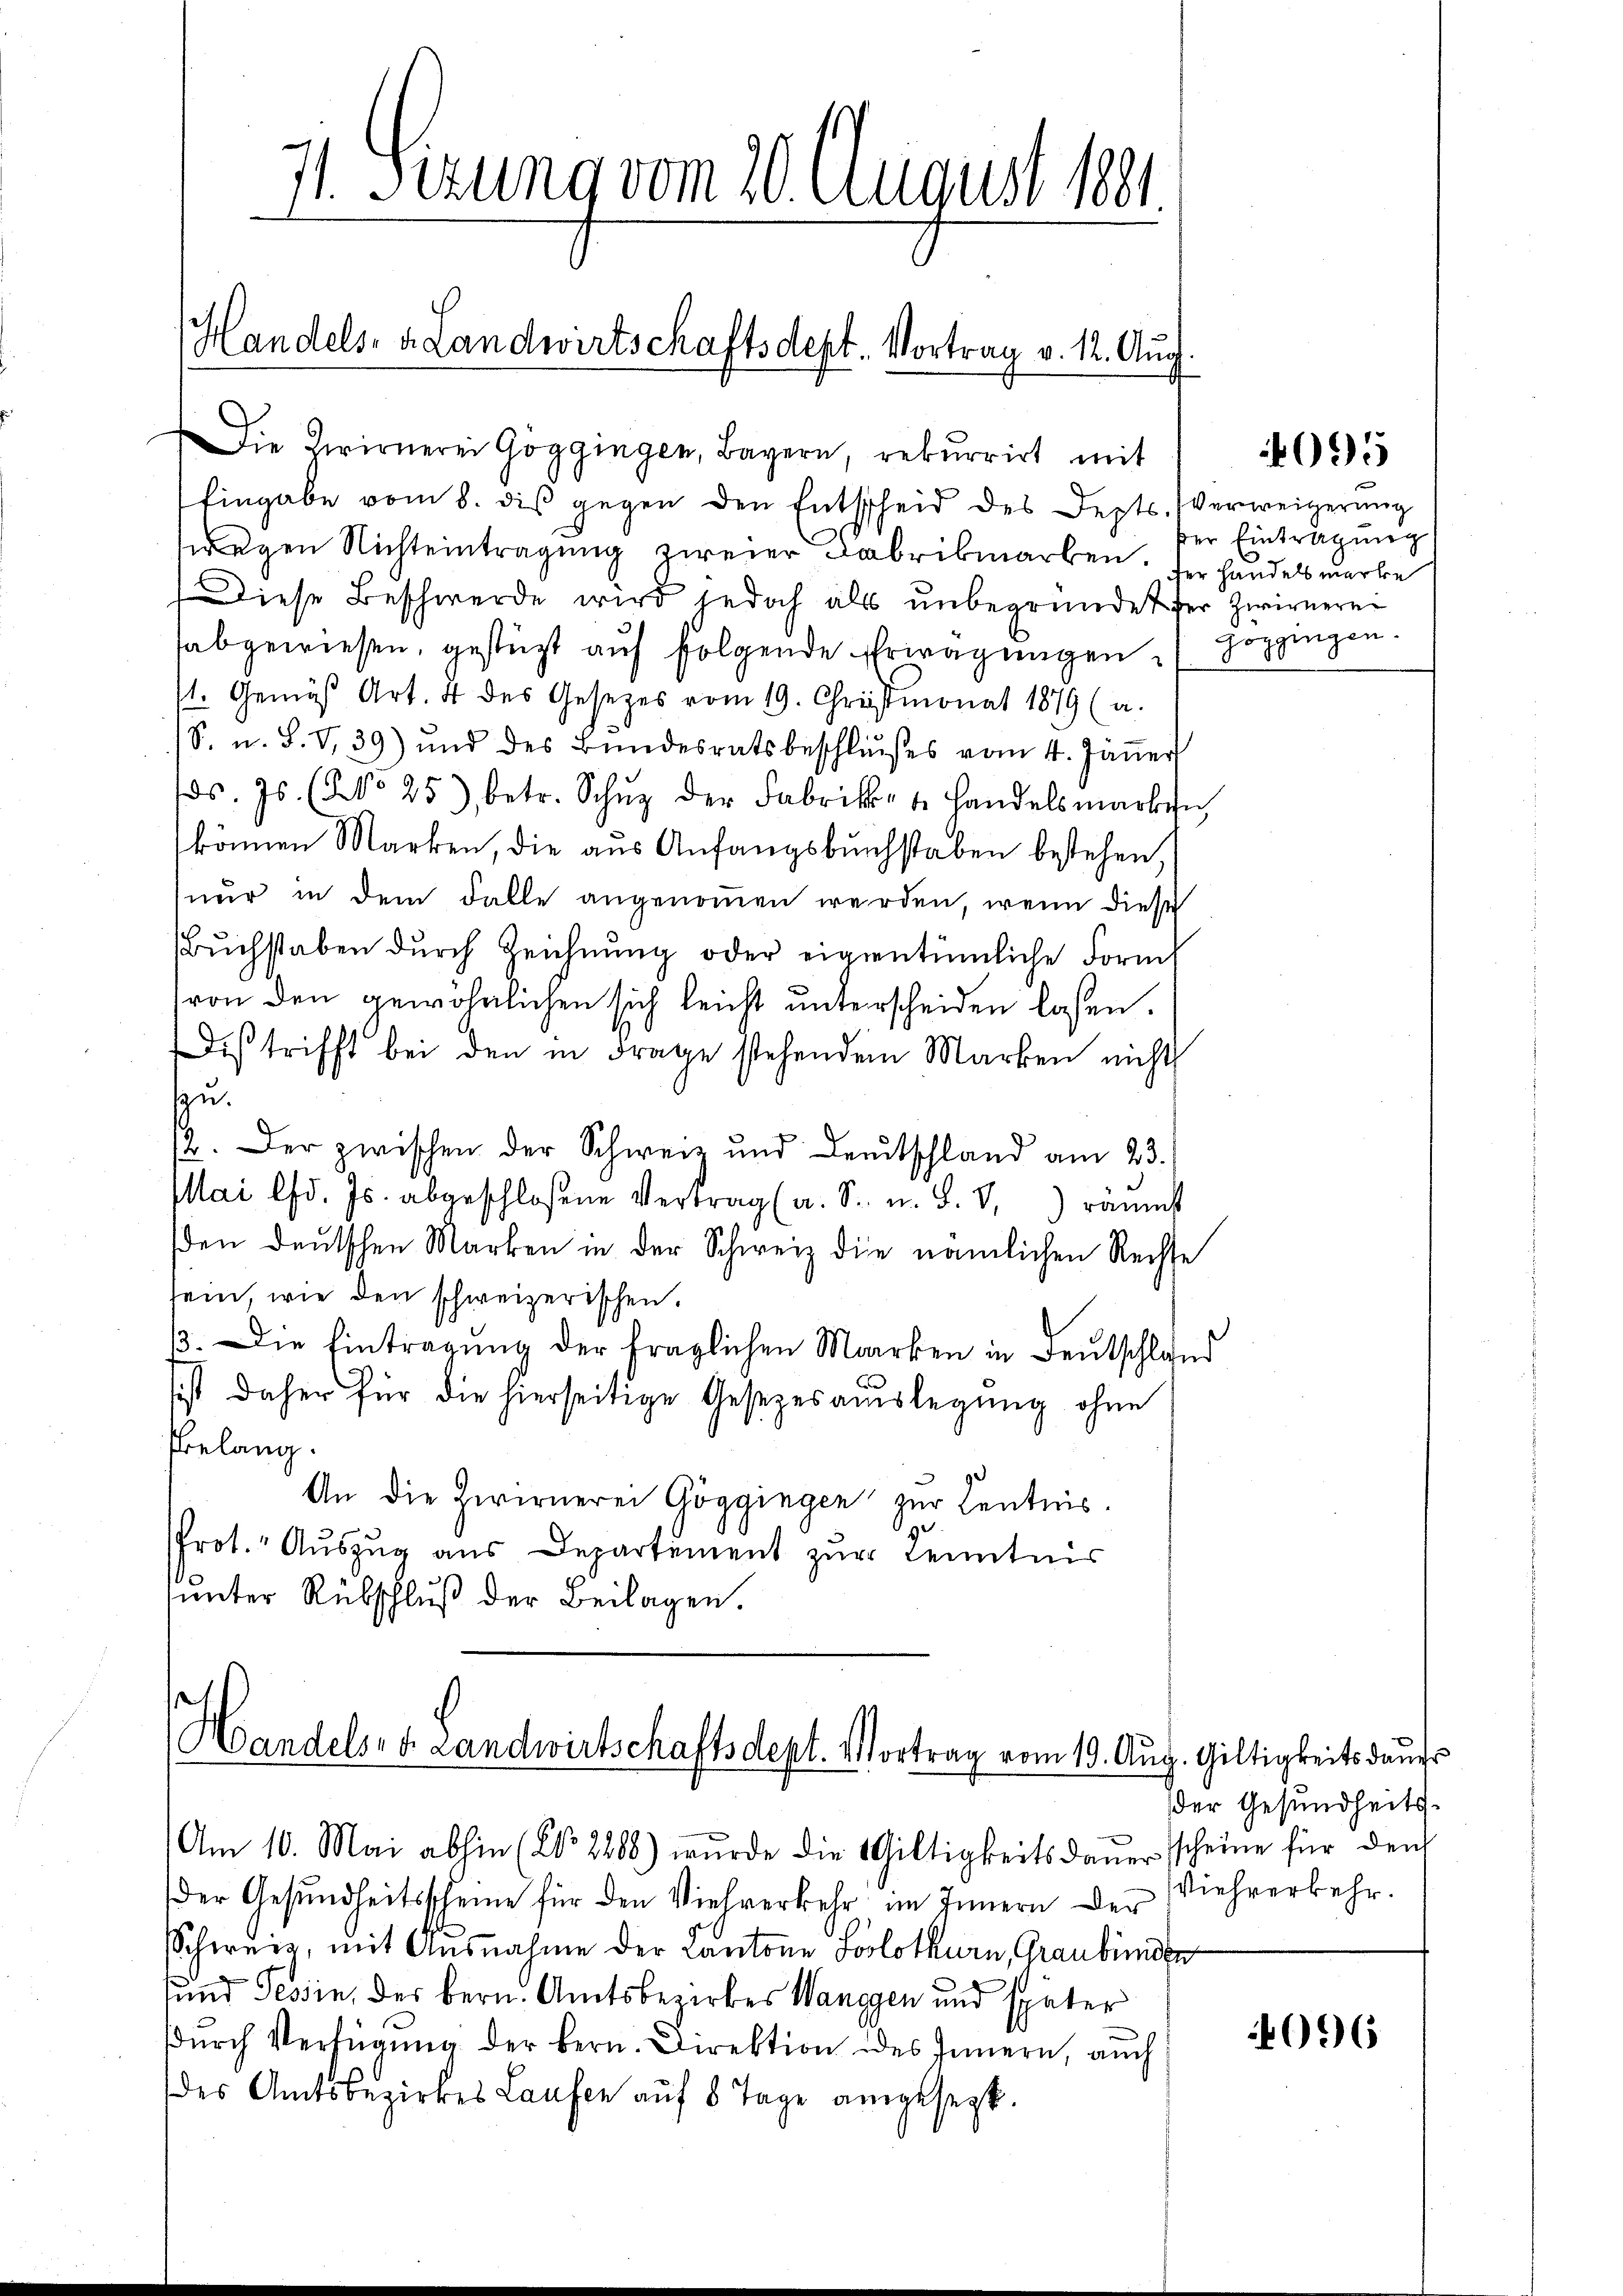
71. Sezung vom 20. August 1881

Handels- u. Landwirtschaftsdept. Vortrag v. 12. Aug.
Die Zwirnerei Göggingen, Bayern, rekurrirt mit

Eingabe vom 8. diβ gegen den Entscheid des Depts. verweigerŭng
wegen Nichteintragung zweier Fabrikmarken. Der Handels merke
Diese Beschwerde wird jedoch als unbegründet der Zwirnerei
abgewiesen, gestützt auf folgende Erwägungen
st. Gemäβ Art. 4 des Gesetzes vom 19. Christmonat 1879 (a.
S. u. S. V. 39) und des Bŭndesratsbeschlußes vom 4. Jäṅer
ds. Js. (Ko 25), betr. Schŭz der Fabrikbet. Handelsmarkin
können Marken, die aus Anfangsbuchstaben bestehen,
nur in dem Falle angenoṁen werden, wenn diese
ŭchstaben dŭrch Zeichnŭng oder eigentümliche Form
von den gewöhnlichen sich leicht unterscheiden lassen.
Dis trifft bei den in Frage stehenden Marken nicht
zu.
2. Der zwischen der Schweiz und Deutschland am 23.
Mai lfd. Js. abgeschlossene Vertrag (a. S. u. S. V. räumt
den deutschen Marken in der Schweiz die nämlichen Rechte
sein, wie den schweizerischen.
B. Die Eintragung der fraglichen Marken in Deutschland
sist daher für die hierseitige Gesezesaŭslegung ohne
Prelang.
An die Zwirnerei Göggingen zur Kentnis.
Prot. Aŭszŭg ans Departement zŭr Kenntnis
unter Rübschluß der Beilagen.

der Gesundheitsscheine für den Viehverkehr, im Innern der Viehverkehr.
Schweiz, mit Ausnahme der Cantone Solothurn, Graubünden
und Tessin, der bern. Amtsbezirkes Wanggen und später
dŭrch Verfügŭng der bern. Direktion des Innern, auch
des Amtsbezirkes Laufen auf 8 Tage angesezt.

Handels- u Landwirtschaftsdept. Vortrag vom 19. Aug. Giltigkeits dans
Am 10. Mai abhin (No 2268) wurde die Wiltigkeitsdaŭer scheine für den

4095

der Eintragung
Hoppingen.

der Gesundheits¬

4096